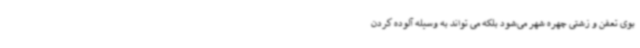
بوی تعفن و زشتی چهره شهر می‌شود بلکه می ‌تواند به‌ وسیله آلوده کردن